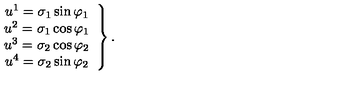
\left. \begin{array} { c } { u ^ { 1 } = \sigma _ { 1 } \sin \varphi _ { 1 } } \\ { u ^ { 2 } = \sigma _ { 1 } \cos \varphi _ { 1 } } \\ { u ^ { 3 } = \sigma _ { 2 } \cos \varphi _ { 2 } } \\ { u ^ { 4 } = \sigma _ { 2 } \sin \varphi _ { 2 } } \\ \end{array} \right\} .